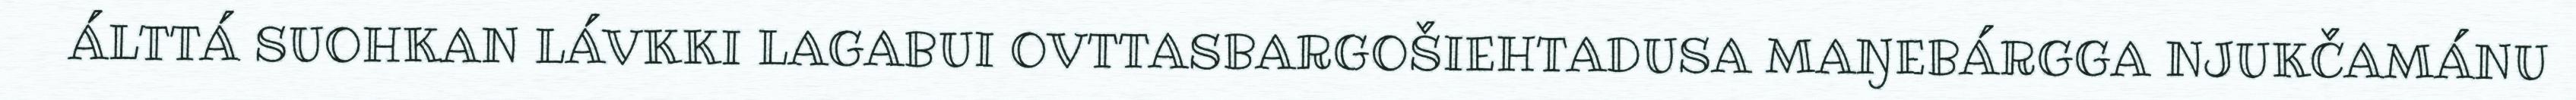
ÁLTTÁ SUOHKAN LÁVKKI LAGABUI OVTTASBARGOŠIEHTADUSA MAŊEBÁRGGA NJUKČAMÁNU